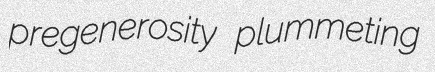
pregenerosity plummeting